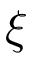
\xi